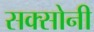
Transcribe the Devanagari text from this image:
सक्सोनी